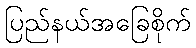
ပြည်နယ်အခြေစိုက်